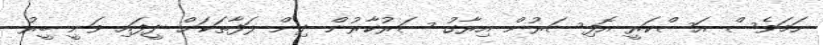
ނަމަވެސް އަސްކަރީ އޮފިސަރުން އިރާގު ސަރުކާރުން ދިން ލަފާތަކަށް ދީފައި ވަނީ ބީރު